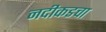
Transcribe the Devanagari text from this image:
नदीकडचा